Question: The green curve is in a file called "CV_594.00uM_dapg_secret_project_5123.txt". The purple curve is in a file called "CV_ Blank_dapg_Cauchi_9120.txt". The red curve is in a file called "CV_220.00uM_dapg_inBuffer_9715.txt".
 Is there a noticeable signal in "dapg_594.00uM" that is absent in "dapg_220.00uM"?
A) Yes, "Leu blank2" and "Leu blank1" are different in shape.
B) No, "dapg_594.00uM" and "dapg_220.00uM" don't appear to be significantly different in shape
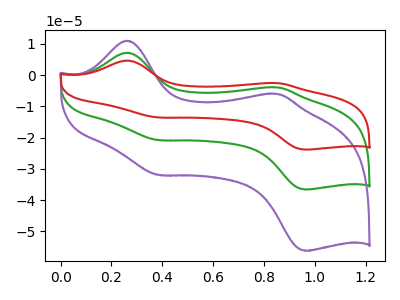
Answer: <think>The green curve "dapg_594.00uM" has anodic peaks at (0.25V, 7.20uA) (0.85V, -3.90uA) and cathodic peaks at (0.40V, -20.80uA) (0.95V, -36.60uA). The purple curve "dapg_ Blank" has anodic peaks at (0.25V, 11.05uA) (0.85V, -6.00uA) and cathodic peaks at (0.40V, -31.95uA) (0.95V, -56.25uA). The red curve "dapg_220.00uM" has anodic peaks at (0.25V, 14.40uA) (0.85V, -7.80uA) and cathodic peaks at (0.40V, -41.60uA) (0.95V, -73.25uA).
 All the peaks in "dapg_594.00uM" have a peak in "dapg_220.00uM" at the same potential.</think>
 <answer>B) No, "dapg_594.00uM" and "dapg_220.00uM" don't appear to be significantly different in shape</answer>
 <eval>B</eval>